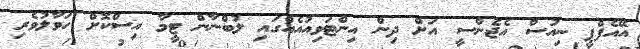
އޭއެފްޕީ ނިއުސް އެޖެންސީ އަށް ދިން އިންޓަވިއުއެއްގައި ލުބްނާން ޓީމާ އިސްކޮށް ހަވާލުވެރި